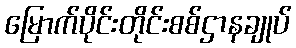
မြောက်ပိုင်းတိုင်းစစ်ဌာနချုပ်